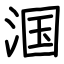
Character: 𬇹